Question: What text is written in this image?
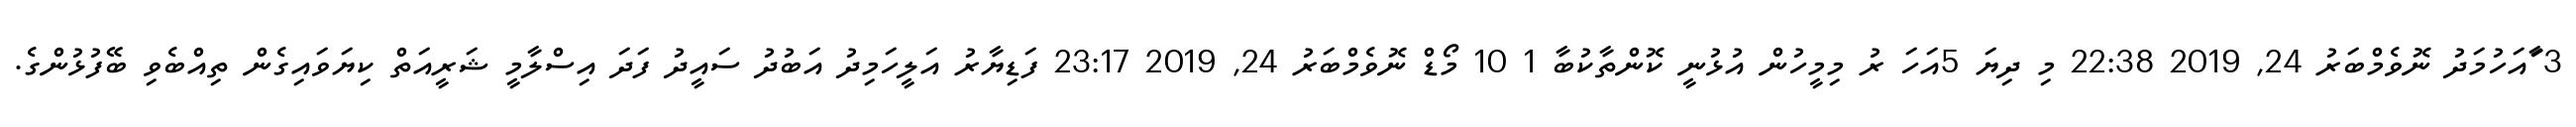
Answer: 3 ާައަހުމަދު ނޮވެމްބަރު 24, 2019 22:38 މި ދިޔަ 5އަހަ ރު މިމީހުން އުޅުނީ ކޮންތާކުބާ 1 10 މޯޑް ނޮވެމްބަރު 24, 2019 23:17 ފަޑިޔާރު އަލީހަމިދު އަބުދު ސައީދު ފަދަ އިސްލާމީ ޝަރީއަތް ކިޔަވައިގެން ތިއްބެވި ބޭފުޅުންގެ.